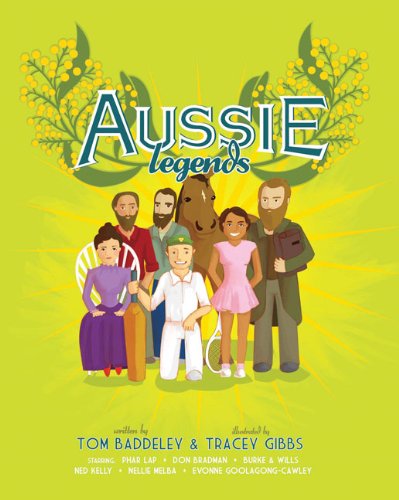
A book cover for Aussie Legends; Tom Baddeley; Children's Books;